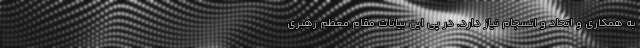
به همکاری و اتحاد و انسجام نیاز دارد. در پی این بیانات مقام معظم رهبری